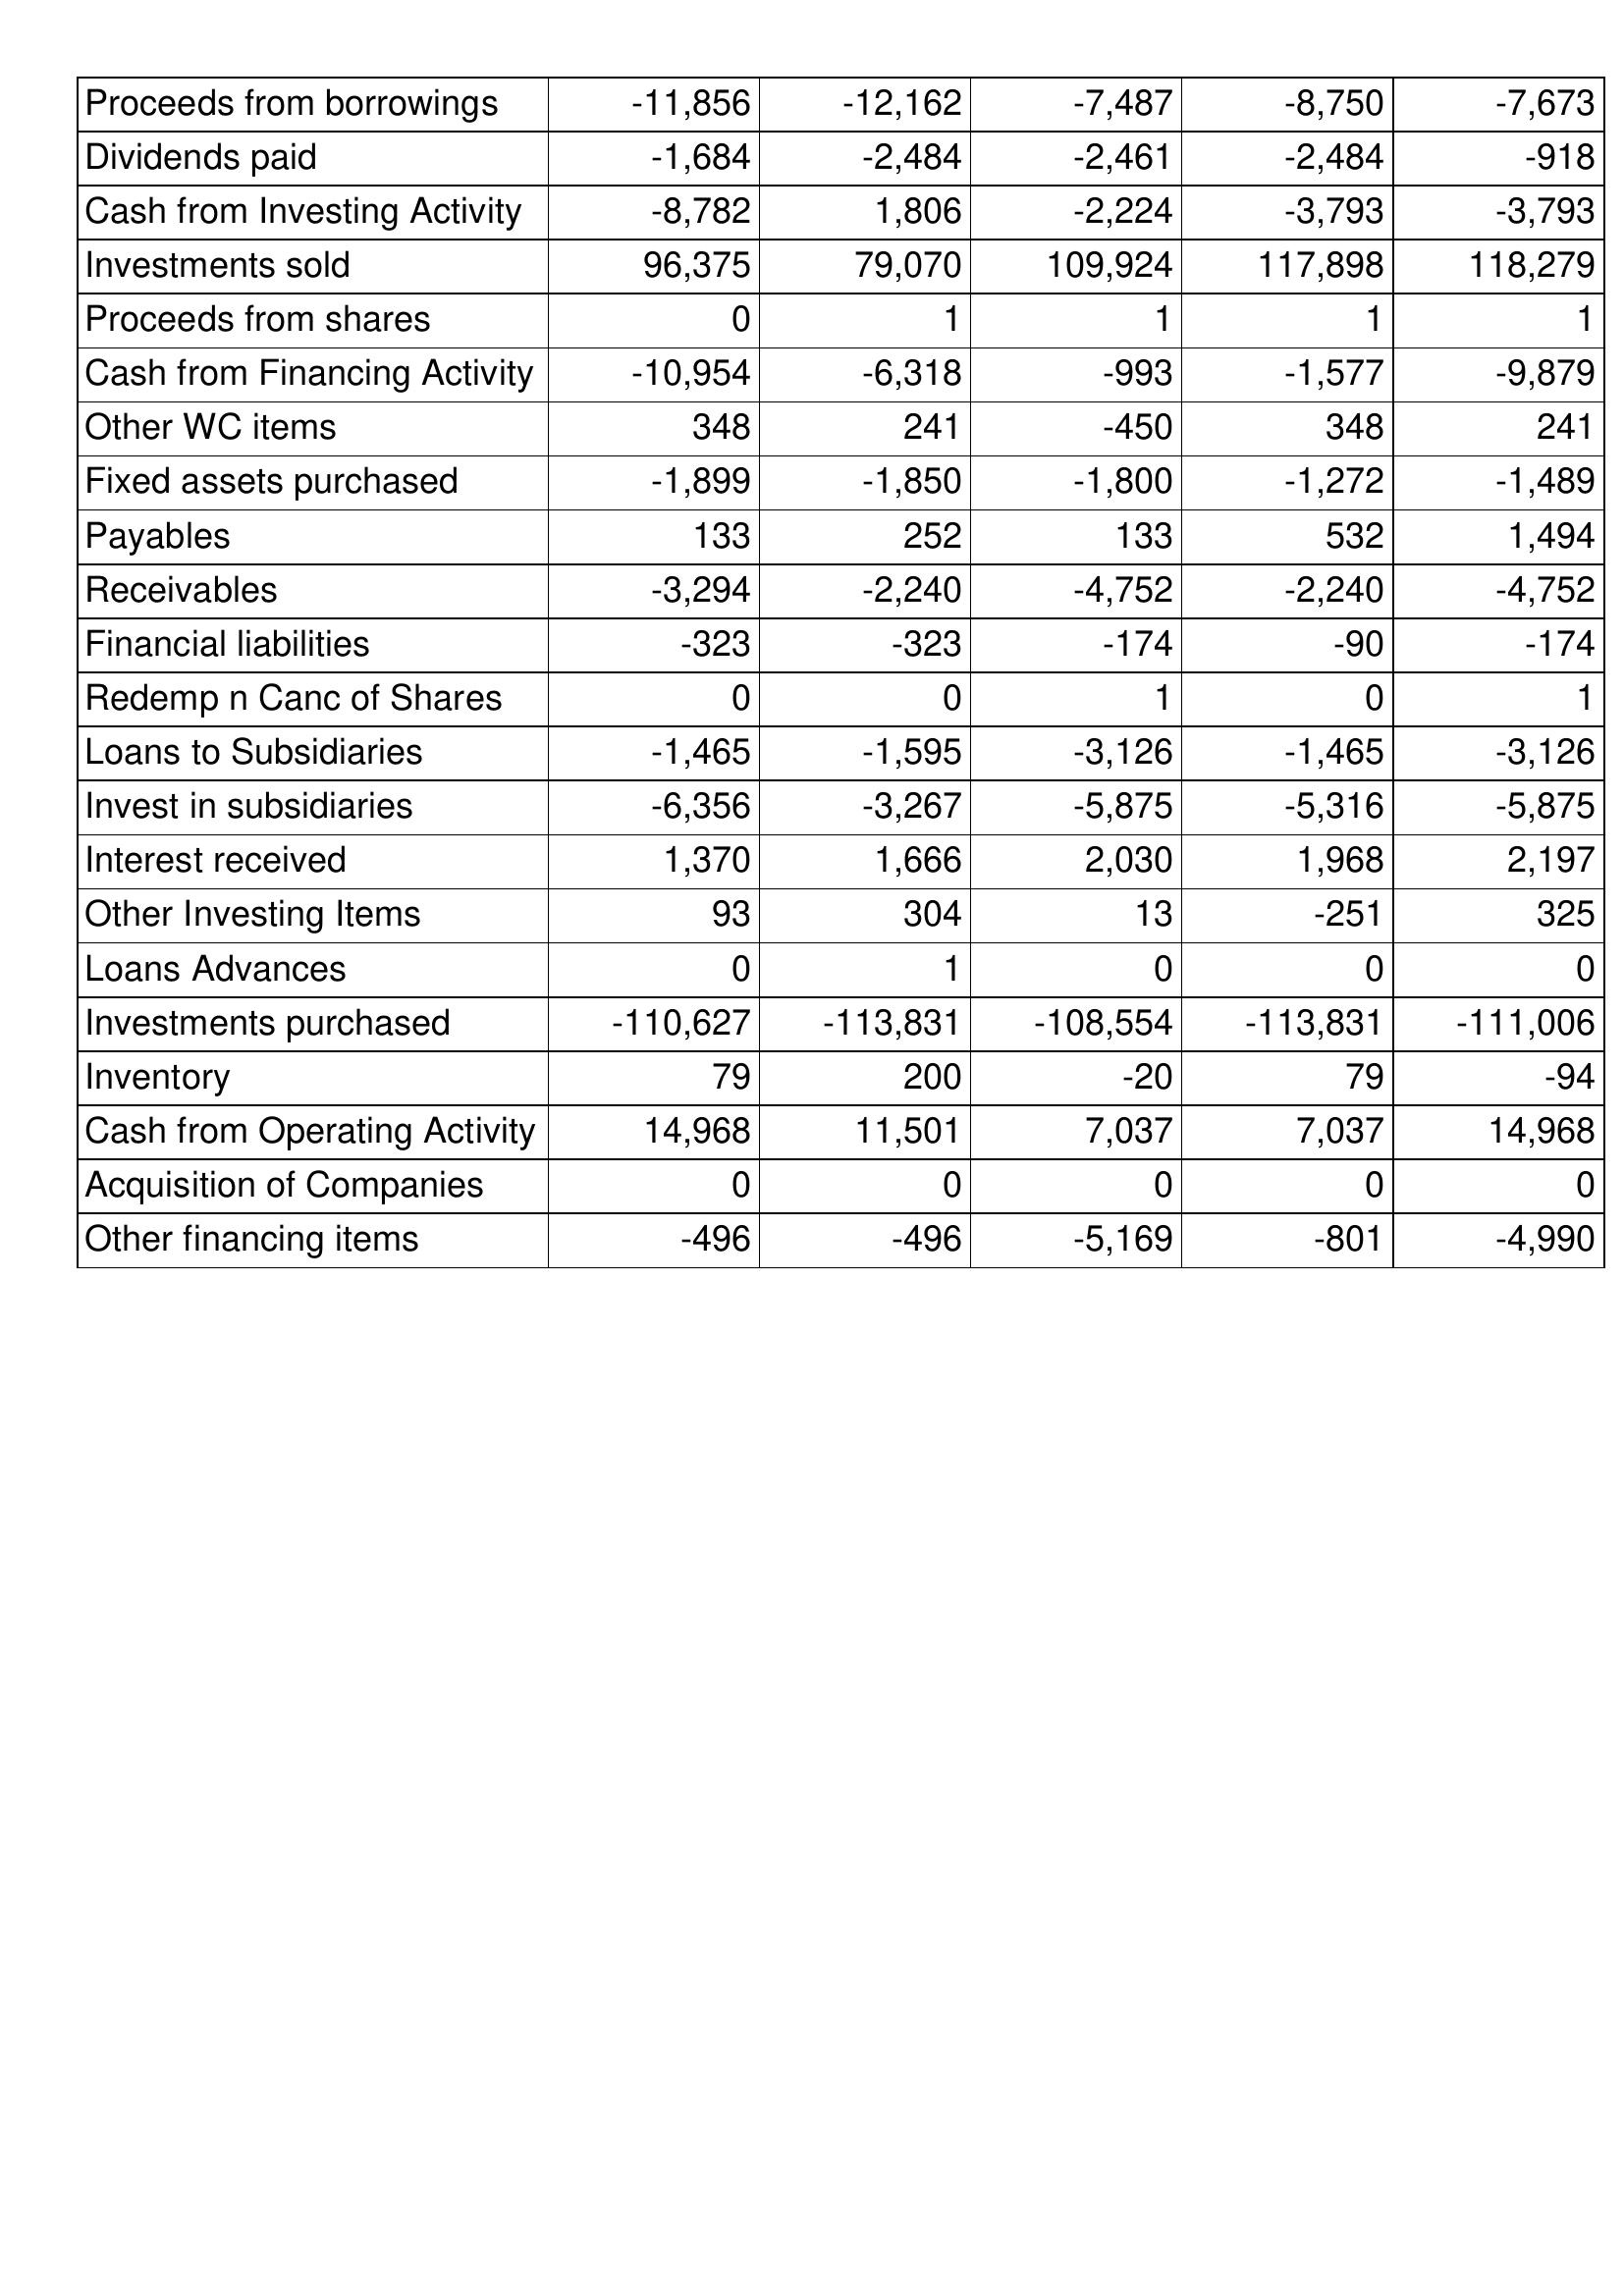
Jun-15: Cash Flows: Proceeds from borrowings: -11,856
Dividends paid: -1,684
Cash from Investing Activity: -8,782
Investments sold: 96,375
Proceeds from shares: 0
Cash from Financing Activity: -10,954
Other WC items: 348
Fixed assets purchased: -1,899
Payables: 133
Receivables: -3,294
Financial liabilities: -323
Redemp n Canc of Shares: 0
Loans to Subsidiaries: -1,465
Invest in subsidiaries: -6,356
Interest received: 1,370
Other Investing Items: 93
Loans Advances: 0
Investments purchased: -110,627
Inventory: 79
Cash from Operating Activity: 14,968
Acquisition of Companies: 0
Other financing items: -496
Jun-16: Cash Flows: Proceeds from borrowings: -12,162
Dividends paid: -2,484
Cash from Investing Activity: 1,806
Investments sold: 79,070
Proceeds from shares: 1
Cash from Financing Activity: -6,318
Other WC items: 241
Fixed assets purchased: -1,850
Payables: 252
Receivables: -2,240
Financial liabilities: -323
Redemp n Canc of Shares: 0
Loans to Subsidiaries: -1,595
Invest in subsidiaries: -3,267
Interest received: 1,666
Other Investing Items: 304
Loans Advances: 1
Investments purchased: -113,831
Inventory: 200
Cash from Operating Activity: 11,501
Acquisition of Companies: 0
Other financing items: -496
Jun-17: Cash Flows: Proceeds from borrowings: -7,487
Dividends paid: -2,461
Cash from Investing Activity: -2,224
Investments sold: 109,924
Proceeds from shares: 1
Cash from Financing Activity: -993
Other WC items: -450
Fixed assets purchased: -1,800
Payables: 133
Receivables: -4,752
Financial liabilities: -174
Redemp n Canc of Shares: 1
Loans to Subsidiaries: -3,126
Invest in subsidiaries: -5,875
Interest received: 2,030
Other Investing Items: 13
Loans Advances: 0
Investments purchased: -108,554
Inventory: -20
Cash from Operating Activity: 7,037
Acquisition of Companies: 0
Other financing items: -5,169
Jun-18: Cash Flows: Proceeds from borrowings: -8,750
Dividends paid: -2,484
Cash from Investing Activity: -3,793
Investments sold: 117,898
Proceeds from shares: 1
Cash from Financing Activity: -1,577
Other WC items: 348
Fixed assets purchased: -1,272
Payables: 532
Receivables: -2,240
Financial liabilities: -90
Redemp n Canc of Shares: 0
Loans to Subsidiaries: -1,465
Invest in subsidiaries: -5,316
Interest received: 1,968
Other Investing Items: -251
Loans Advances: 0
Investments purchased: -113,831
Inventory: 79
Cash from Operating Activity: 7,037
Acquisition of Companies: 0
Other financing items: -801
Jun-19: Cash Flows: Proceeds from borrowings: -7,673
Dividends paid: -918
Cash from Investing Activity: -3,793
Investments sold: 118,279
Proceeds from shares: 1
Cash from Financing Activity: -9,879
Other WC items: 241
Fixed assets purchased: -1,489
Payables: 1,494
Receivables: -4,752
Financial liabilities: -174
Redemp n Canc of Shares: 1
Loans to Subsidiaries: -3,126
Invest in subsidiaries: -5,875
Interest received: 2,197
Other Investing Items: 325
Loans Advances: 0
Investments purchased: -111,006
Inventory: -94
Cash from Operating Activity: 14,968
Acquisition of Companies: 0
Other financing items: -4,990